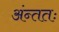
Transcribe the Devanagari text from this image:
अंन्ततः